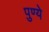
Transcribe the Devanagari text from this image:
पुण्ये